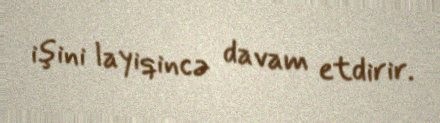
işini layiqincə davam etdirir.